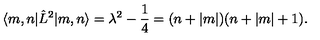
\langle m , n | \hat { L } ^ { 2 } | m , n \rangle = \lambda ^ { 2 } - \frac 1 4 = ( n + | m | ) ( n + | m | + 1 ) .